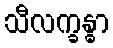
သီလက္ခန္ဓာ